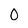
Character: O